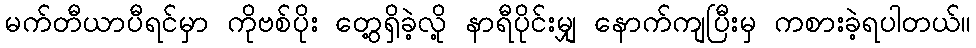
မက်တီယာပီရင်မှာ ကိုဗစ်ပိုး တွေ့ရှိခဲ့လို့ နာရီပိုင်းမျှ နောက်ကျပြီးမှ ကစားခဲ့ရပါတယ်။